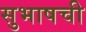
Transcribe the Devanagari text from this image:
सुभाषची